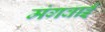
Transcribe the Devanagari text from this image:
मंगवाईं